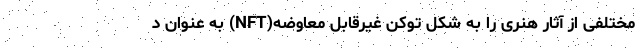
مختلفی از آثار هنری را به شکل توکن غیرقابل معاوضه(NFT) به عنوان د